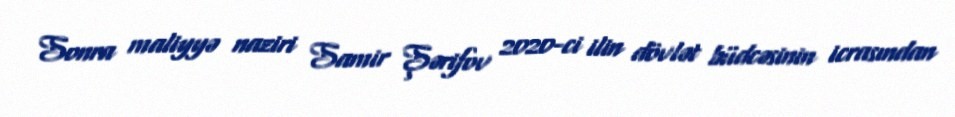
Sonra maliyyə naziri Samir Şərifov 2020-ci ilin dövlət büdcəsinin icrasından